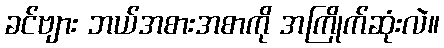
ခင်ဗျား ဘယ်အစားအစာကို အကြိုက်ဆုံးလဲ။